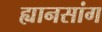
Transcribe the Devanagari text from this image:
ह्यानसांग